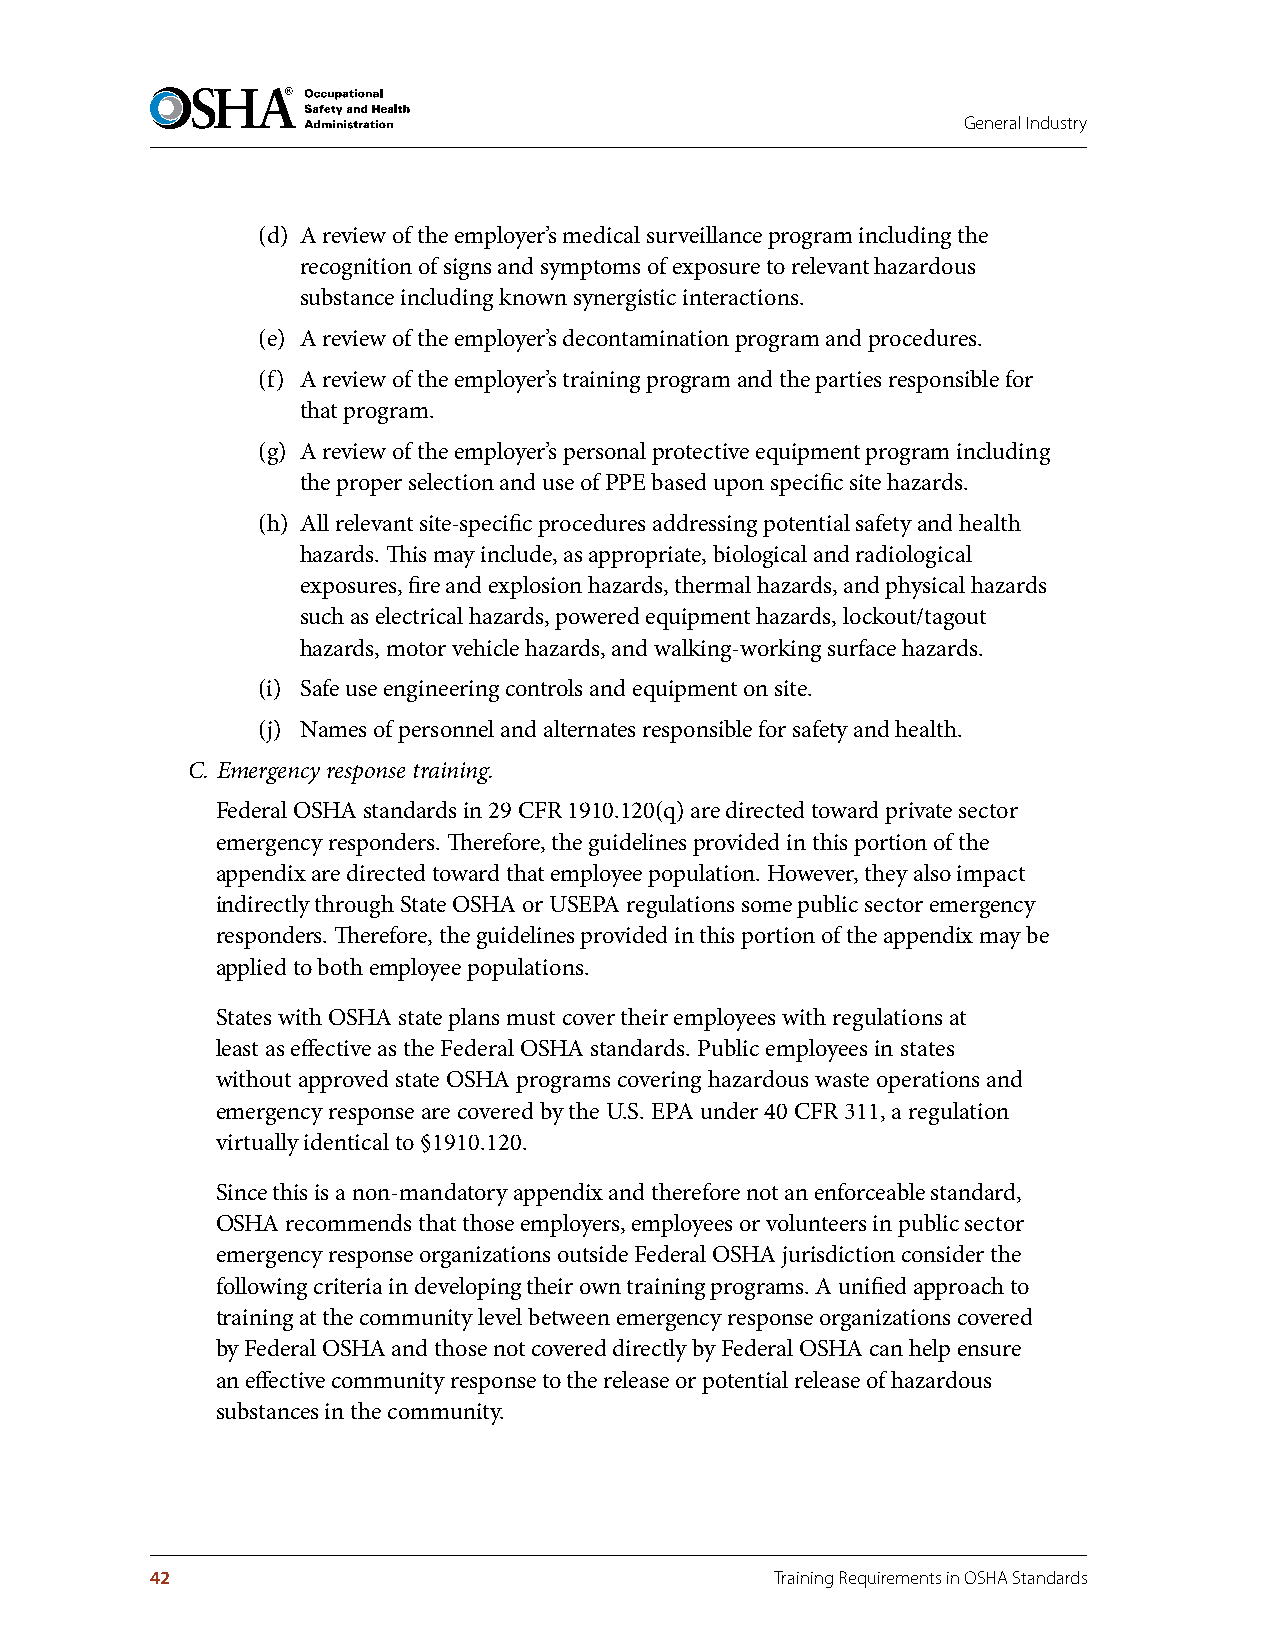
General Industry
 (d) A review of the employer’s medical surveillance program including the
 recognition of signs and symptoms of exposure to relevant hazardous
 substance including known synergistic interactions.
 (e) A review of the employer’s decontamination program and procedures.
 (f) A review of the employer’s training program and the parties responsible for
 that program.
 (g) A review of the employer’s personal protective equipment program including
 the proper selection and use of PPE based upon specific site hazards.
 (h) All relevant site-specific procedures addressing potential safety and health
 hazards. This may include, as appropriate, biological and radiological
 exposures, fire and explosion hazards, thermal hazards, and physical hazards
 such as electrical hazards, powered equipment hazards, lockout/tagout
 hazards, motor vehicle hazards, and walking-working surface hazards.
 (i) Safe use engineering controls and equipment on site.
 (j) Names of personnel and alternates responsible for safety and health.
 C. Emergency response training.
 Federal OSHA standards in 29 CFR 1910.120(q) are directed toward private sector
 emergency responders. Therefore, the guidelines provided in this portion of the
 appendix are directed toward that employee population. However, they also impact
 indirectly through State OSHA or USEPA regulations some public sector emergency
 responders. Therefore, the guidelines provided in this portion of the appendix may be
 applied to both employee populations.
 States with OSHA state plans must cover their employees with regulations at
 least as effective as the Federal OSHA standards. Public employees in states
 without approved state OSHA programs covering hazardous waste operations and
 emergency response are covered by the U.S. EPA under 40 CFR 311, a regulation
 virtually identical to §1910.120.
 Since this is a non-mandatory appendix and therefore not an enforceable standard,
 OSHA recommends that those employers, employees or volunteers in public sector
 emergency response organizations outside Federal OSHA jurisdiction consider the
 following criteria in developing their own training programs. A unified approach to
 training at the community level between emergency response organizations covered
 by Federal OSHA and those not covered directly by Federal OSHA can help ensure
 an effective community response to the release or potential release of hazardous
 substances in the community.
 42                                       Training Requirements in OSHA Standards